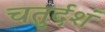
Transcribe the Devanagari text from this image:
चतुर्दशं